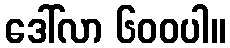
ဒေါ်လာ ၆၀၀ပါ။